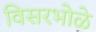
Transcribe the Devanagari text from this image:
विसरभोळे